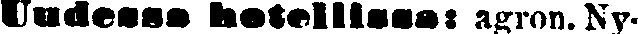
Uudessa hotellissa agron. Ny-